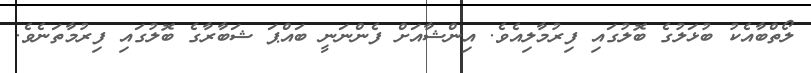
ލޯތްބާއެކު ބުޅަލުގެ ބޮލުގައި ފިރުމާލިއެވެ. އިންޝާއަށް ފެންނަނީ ބައްޕަ ޝަބާރާގެ ބޮލުގައި ފިރުމާތަނެވެ.